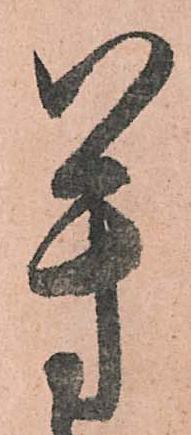
旁